Civil Veterinary Department. Central Provinces & Berar 1932-41 - 1932-1941
Year: 1932
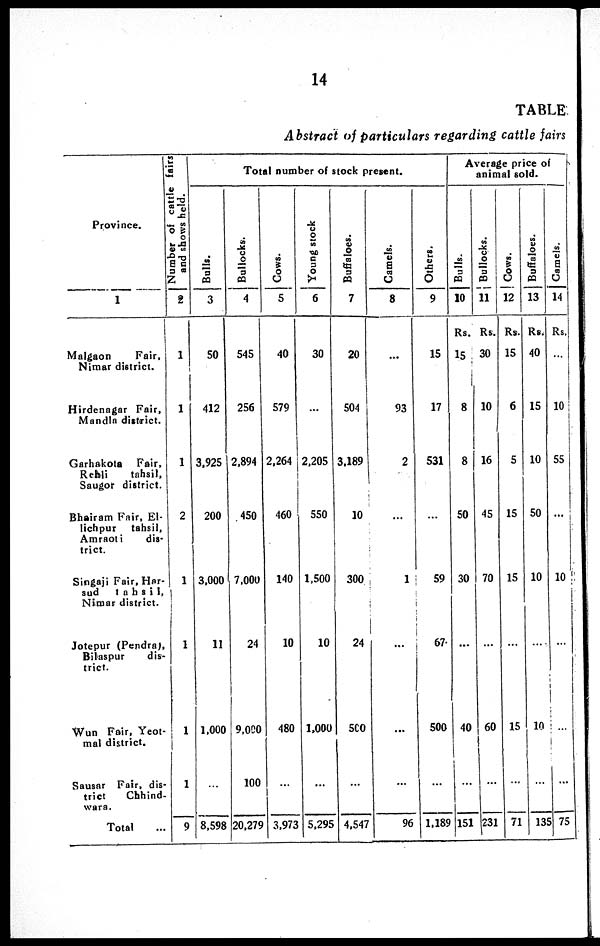
14
TABLE
Abstract of particulars regarding cattle fairs
Province.
1
Malgaon
Fair,
Nimar district.
Hirdenagar Fair,
Mandla district.
Garhakota
Fair,
Rehli
tahsil,
Saugor district.
Bhairam Fair, El¬
lichpur
tahsil,
Amraoti
dis-
trict.
Singaji Fair, Har¬
sud
tahsil,
Nimar district.
Jotepur (Pendra),
Bilaspur
dis-
trict.
Wan Fair, Yeot¬
mal district.
Sausar Fair, dis-
trict
Chhind¬
wara.
Total ...
Number of cattle fairs
and shows held.
2
1
1
1
2
1
1
1
1
9
Total number of stock present.
Bulls.
3
50
412
3,925
200
3,000
11
1,000
...
8,598
Bullocks.
4
545
256
2,894
450
7,000
24
9,000
100
20,279
Cows.
5
40
579
2,264
460
140
10
480
...
3,973
Young stock
6
30
...
2,205
550
1,500
10
1,000
...
5,295
Buffaloes.
7
20
504
3,189
10
300
24
500
...
4,547
Camels.
8
...
93
2
...
1
...
...
...
96
Others.
9
15
17
531
...
59
67
500
...
1,189
Average price of
animal sold.
Bulls.
10
Rs.
15
8
8
50
30
...
40
...
151
Bullocks.
11
Rs.
30
10
16
45
70
...
60
...
231
Cows.
12
Rs.
15
6
5
15
15
...
15
...
71
Buffaloes.
13
Rs.
40
15
10
50
10
...
10
...
135
Camels.
14
Rs.
...
10
55
...
10
...
...
...
75